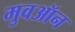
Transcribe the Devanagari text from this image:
मुवऑन